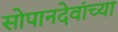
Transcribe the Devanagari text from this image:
सोपानदेवांच्या